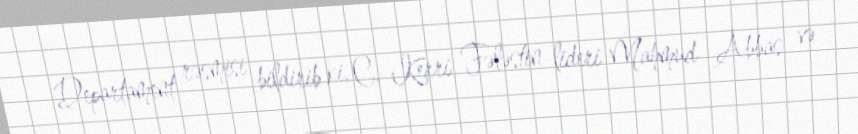
Departament rəsmisi bildirib ki, C. Kerri Fələstin lideri Mahmud Abbas və